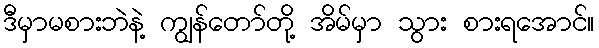
ဒီမှာမစားဘဲနဲ့ ကျွန်တော်တို့ အိမ်မှာ သွား စားရအောင်။